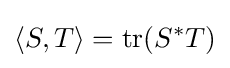
\langle S,T\rangle =\operatorname {tr} (S^{*}T)